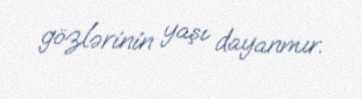
gözlərinin yaşı dayanmır.